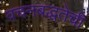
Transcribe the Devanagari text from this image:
वचनबद्धतेची